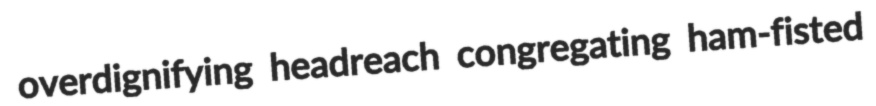
overdignifying headreach congregating ham-fisted